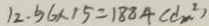
1 2 . 9 6 \times 1 5 = 1 8 8 4 ( d m ^ { 2 } )